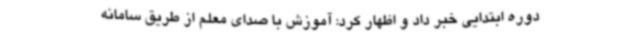
دوره ابتدایی خبر داد و اظهار کرد: آموزش با صدای معلم از طریق سامانه